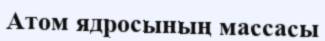
Атом ядросының массасы